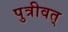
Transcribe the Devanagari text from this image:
पुत्रीवत्